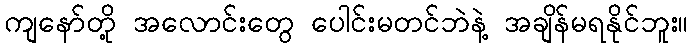
ကျနော်တို့ အလောင်းတွေ ပေါင်းမတင်ဘဲနဲ့ အချိန်မရနိုင်ဘူး။